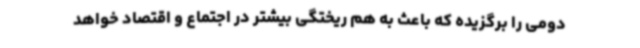
دومی را برگزیده که باعث به هم ریختگی بیشتر در اجتماع و اقتصاد خواهد